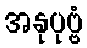
အနုပုဗ္ဗံ